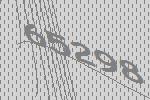
65298